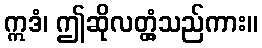
ဣဒံ၊ ဤဆိုလတ္တံ့သည်ကား။